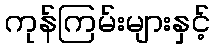
ကုန်ကြမ်းများနှင့်